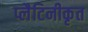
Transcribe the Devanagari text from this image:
प्लैटिनीकृत